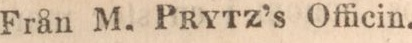
Från M. Prytz’s Officin.